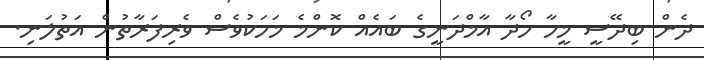
ދެން ބިދޭސީ މީހާ ހޯދާ އާމްދަނީގެ ބައެއް ކޮންމެ މަހަކުވެސް ވެރިފަރާތުން އަތުލަނި.